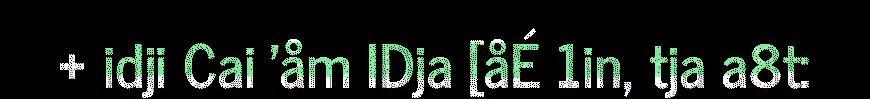
+ idji Cai 'åm IDja [åÉ 1in, tja a8t: